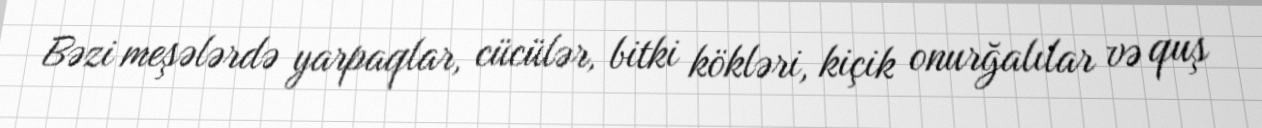
Bəzi meşələrdə yarpaqlar, cücülər, bitki kökləri, kiçik onurğalılar və quş